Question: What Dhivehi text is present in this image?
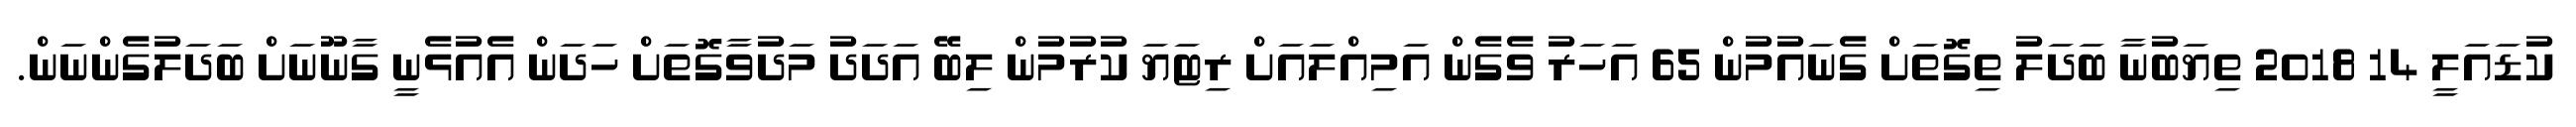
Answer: ކުޑައަލީ 14 2018 ތިޔަބުނާ ބަދަލު ތިގޮތަށް ގެނައުމުން 65 އަހަރު ވެގެން އަމިއްލައަށް ރިޓަޔަ ކުރުމުން ލިބޭ އަދަދު މަދުވާގޮތަށް ހަދަން އެއުޅެނީ ގާނޫނަށް ބަދަލުގެންނަން.